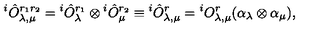
{ } ^ { i } \hat { O } _ { \lambda , \mu } ^ { r _ { 1 } r _ { 2 } } = { } ^ { i } \hat { O } _ { \lambda } ^ { r _ { 1 } } \otimes { } ^ { i } \hat { O } _ { \mu } ^ { r _ { 2 } } \equiv { } ^ { i } \hat { O } _ { \lambda , \mu } ^ { r } = { } ^ { i } O _ { \lambda , \mu } ^ { r } ( \alpha _ { \lambda } \otimes \alpha _ { \mu } ) ,